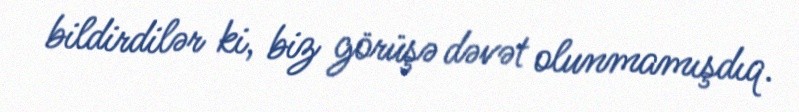
bildirdilər ki, biz görüşə dəvət olunmamışdıq.